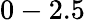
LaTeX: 0-2.5